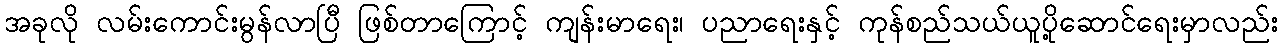
အခုလို လမ်းကောင်းမွန်လာပြီ ဖြစ်တာကြောင့် ကျန်းမာရေး၊ ပညာရေးနှင့် ကုန်စည်သယ်ယူပို့ဆောင်ရေးမှာလည်း